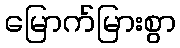
မြောက်မြားစွာ